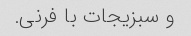
و سبزیجات با فرنی.